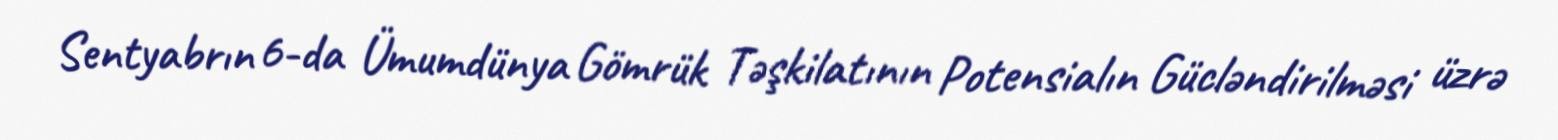
Sentyabrın 6-da Ümumdünya Gömrük Təşkilatının Potensialın Gücləndirilməsi üzrə